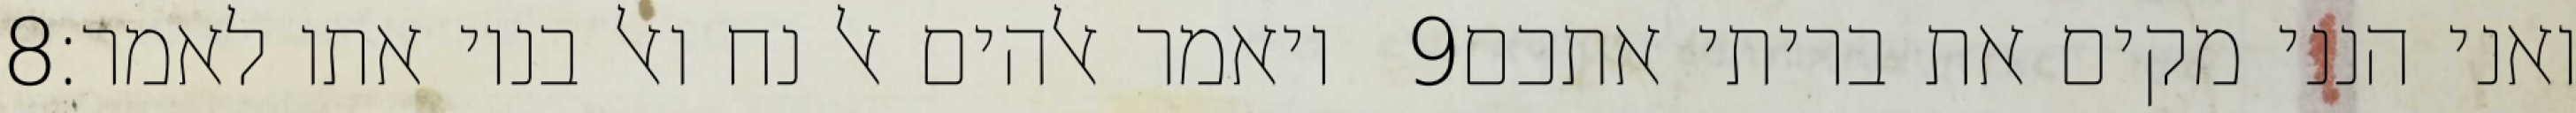
‎8‏ ויאמר אלהים אל נח ואל בניו אתו לאמר׃ ‎9‏ ואני הנני מקים את בריתי אתכם